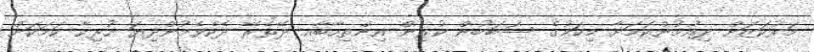
މަރުކަޒަށް ދިއުމުންކަަމަށާ މިކަމުގެ ސަބަބުން ކުރިން އިންތިހާބާއި ދޭތެރޭ ދެކެވެމުންދިޔަ ހުރިހާ ކަމަކަށް